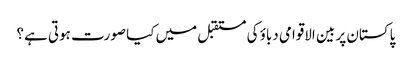
پاکستان پر بین الاقوامی دباؤ کی مستقبل میں کیا صورت ہوتی ہے؟